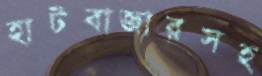
হাটবাজারসহ